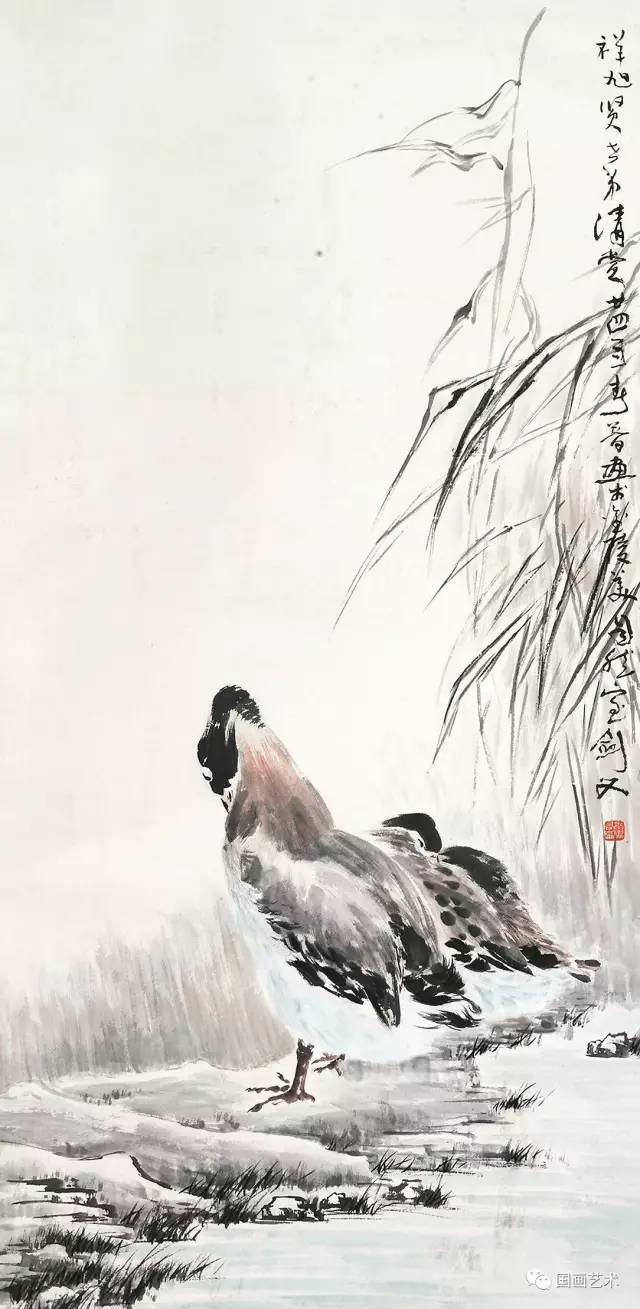
鹭窥芦箔水，鸟啄纸钱风。